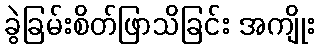
ခွဲခြမ်းစိတ်ဖြာသိခြင်း အကျိုး